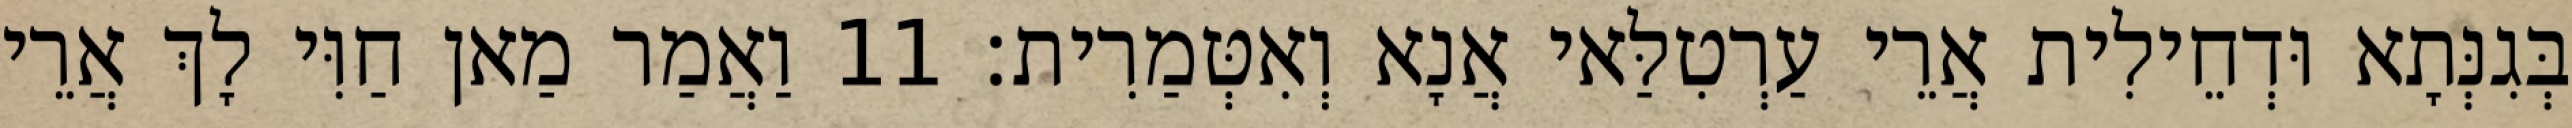
בְּגִנְּתָא וּדְחֵילִית אֲרֵי עַרְטִלַּאי אֲנָא וְאִטְּמַרִית׃ 11 וַאֲמַר מַאן חַוִּי לָךְ אֲרֵי